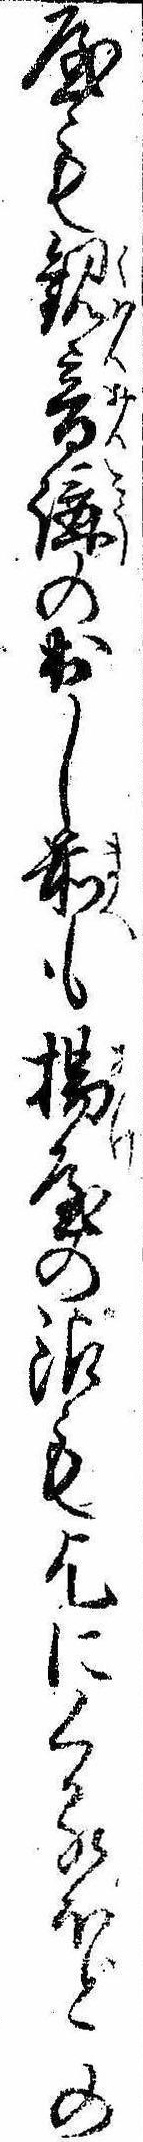
屋も観音講の出し前も揚屋の銀も乞にくるほどの